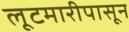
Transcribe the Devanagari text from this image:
लूटमारीपासून